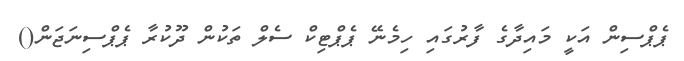
ޕެޕްސިން އަކީ މައިދާގެ ފާރުގައި ހިމެނޭ ޕެޕްޓިކް ސެލް ތަކުން ދޫކުރާ ޕެޕްސިނަޖަން()